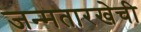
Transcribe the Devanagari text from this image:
जन्मतारखेची